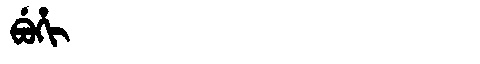
Manchu: ᠪᡠᡥᡳ
Romanization: BUHI